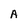
Character: A